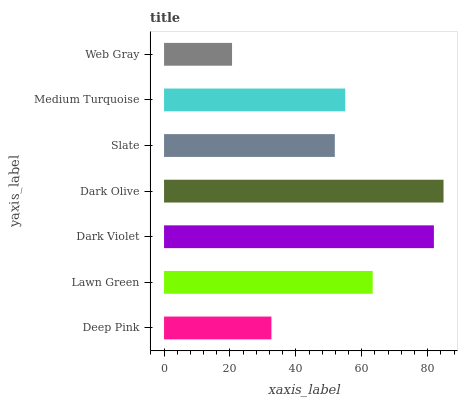
| yaxis_label | bars |
 | --- | --- |
 | Deep Pink | 32.6 |
 | Lawn Green | 63.3 |
 | Dark Violet | 81.9 |
 | Dark Olive | 84.8 |
 | Slate | 51.8 |
 | Medium Turquoise | 55 |
 | Web Gray | 20.6 |